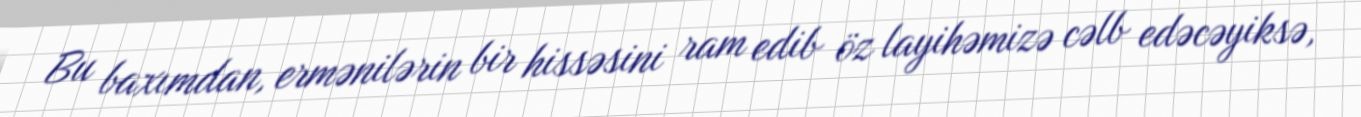
Bu baxımdan, ermənilərin bir hissəsini ram edib öz layihəmizə cəlb edəcəyiksə,